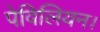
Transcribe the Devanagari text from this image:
पेविलियन।